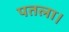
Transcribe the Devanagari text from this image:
पतला।